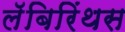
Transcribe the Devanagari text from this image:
लॅबिरिंथस